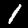
Digit: 1